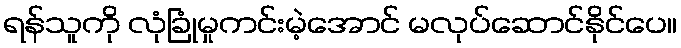
ရန်သူကို လုံခြုံမှုကင်းမဲ့အောင် မလုပ်ဆောင်နိုင်ပေ။